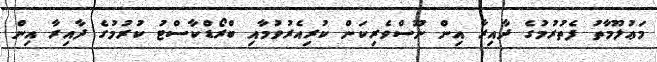
މަޢުލޫމާތު ފެތުރުމުގެ ދާއިރާ އިން ނޫސްވެރިކަން ކުރިއެރުވުމާއި ބްރޯޑްކާސްޓު ކުރުމުގެ ދާއިރާ އިން